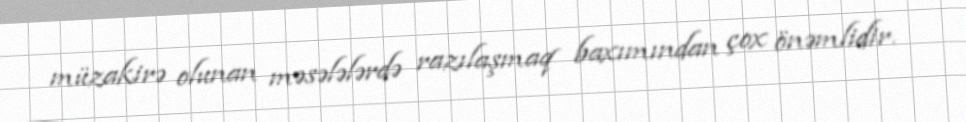
müzakirə olunan məsələlərdə razılaşmaq baxımından çox önəmlidir.